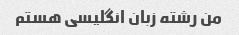
من رشته زبان انگلیسی هستم